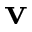
\textbf { v }